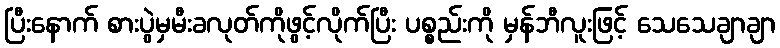
ပြီးနောက် စားပွဲမှမီးခလုတ်ကိုဖွင့်လိုက်ပြီး ပစ္စည်းကို မှန်ဘီလူးဖြင့် သေသေချာချာ